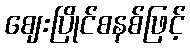
ဈေးပြိုင်စနစ်ဖြင့်